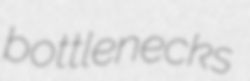
bottlenecks